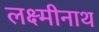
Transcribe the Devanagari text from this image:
लक्ष्मीनाथ